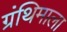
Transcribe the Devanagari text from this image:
ग्रंथिमाला